65_HS1-834228961_62-HQ-83894_Section_9
Agency: FBI
Page 74
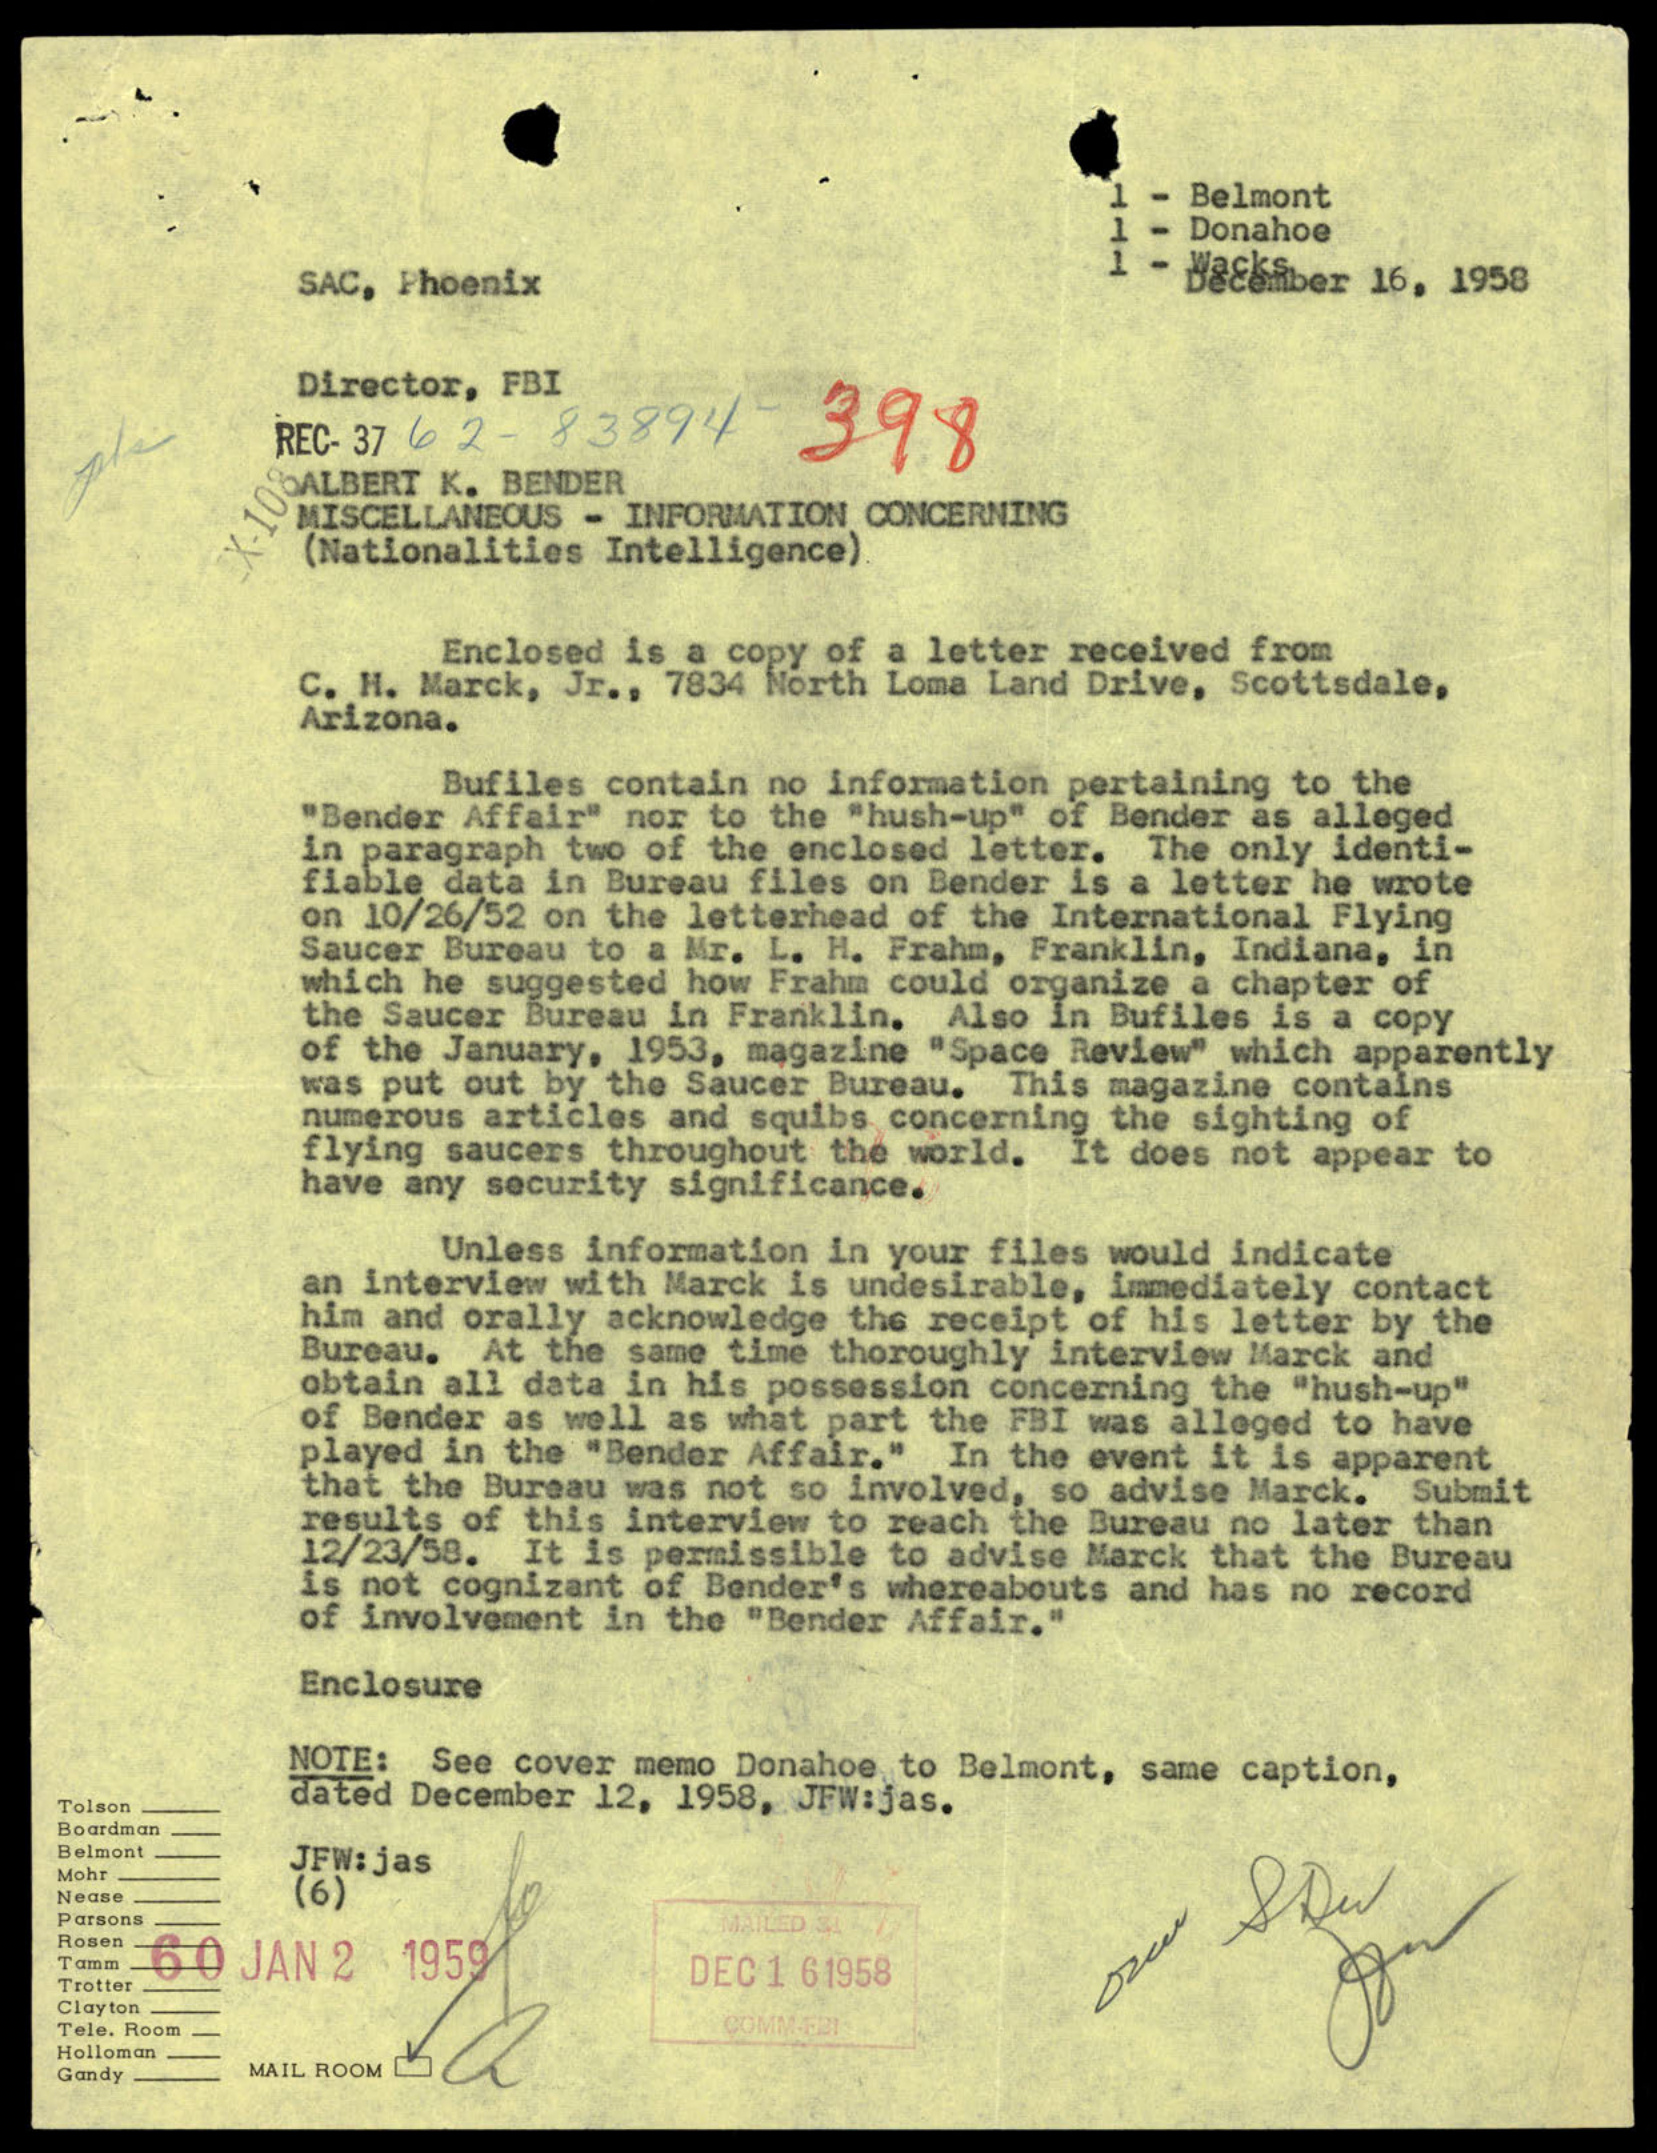